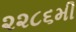
૨૨૮૬મી